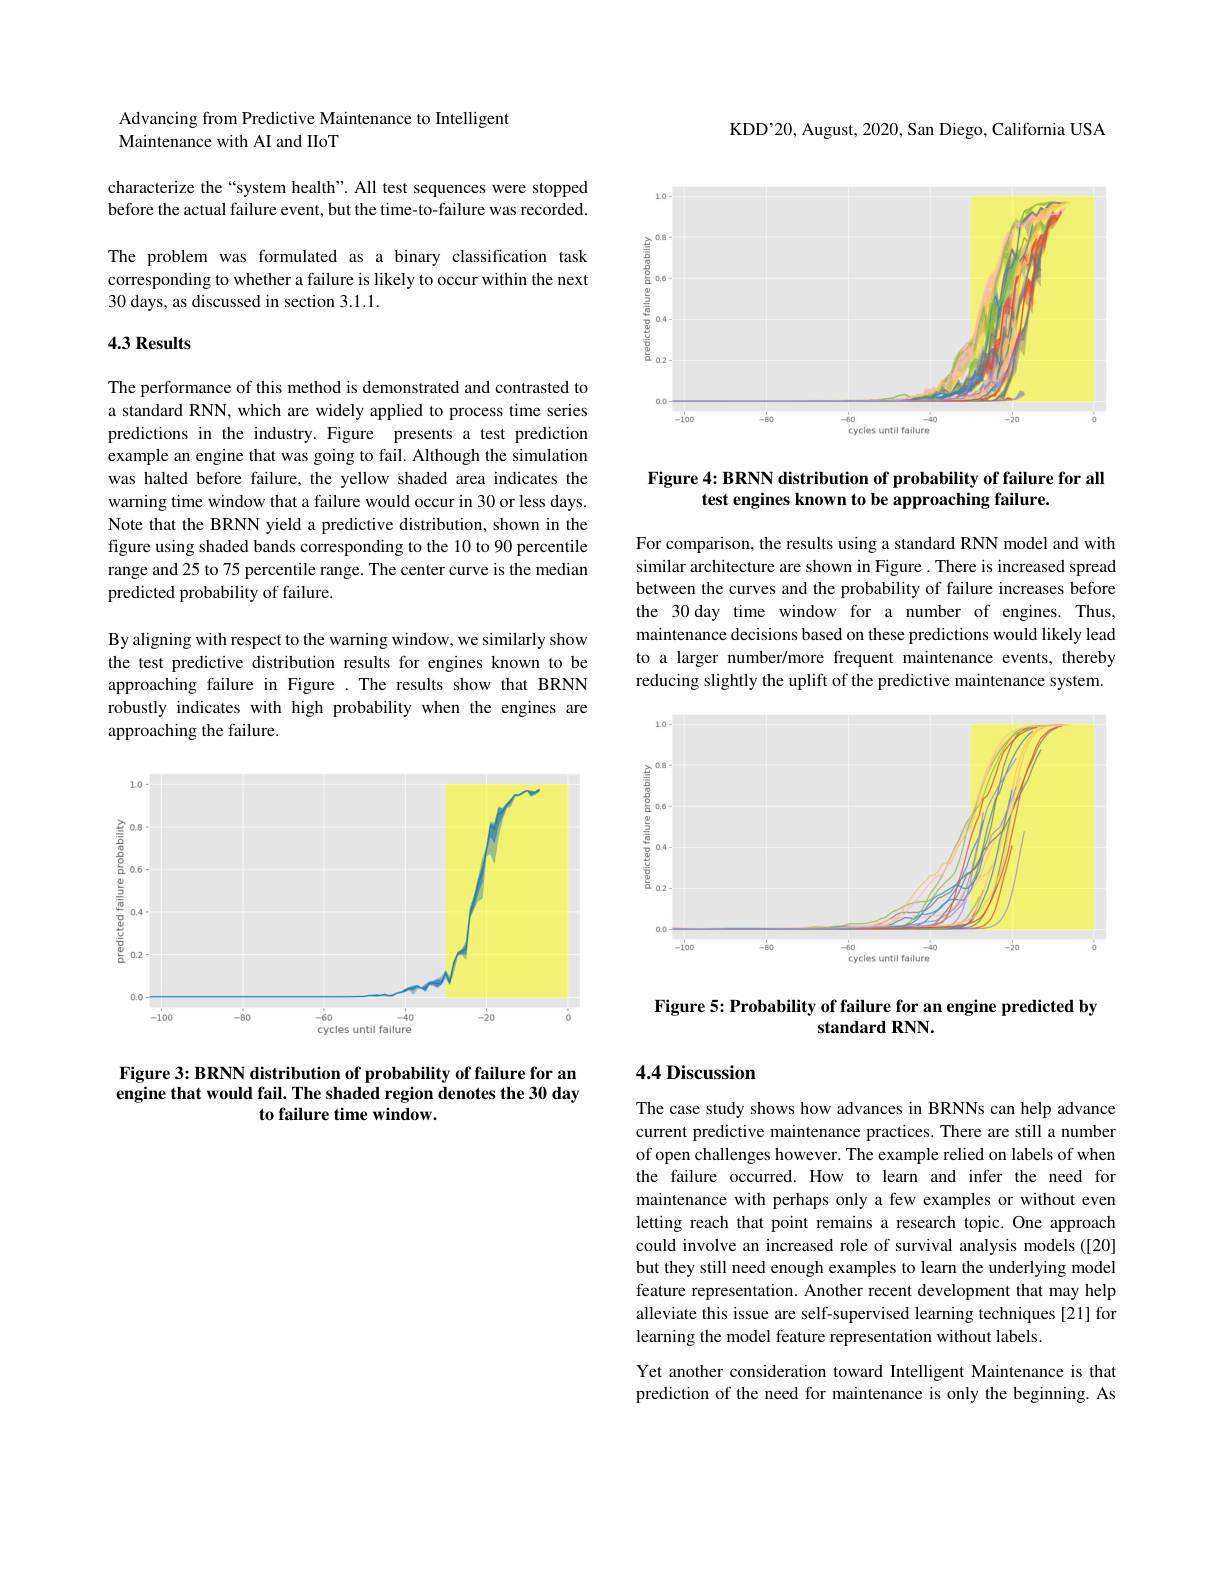
Advancing from Predictive Maintenance to Intelligent
Maintenance with AI and IIoT

characterize the“system health”. All test sequences were stopped before the actual failure event, but the time-to-failure was recorded.

The problem was formulated as a binary classification task corresponding to whether a failure is likely to occur within the next 30 days, as discussed in section 3.1.1.

### 4.3 Results

The performance of this method is demonstrated and contrasted to a standard RNN, which are widely applied to process time series predictions in the industry. Figure presents a test prediction example an engine that was going to fail. Although the simulation was halted before failure, the yellow shaded area indicates the warning time window that a failure would occur in 30 or less days. Note that the BRNN yield a predictive distribution, shown in the figure using shaded bands corresponding to the 10 to 90 percentile range and 25 to 75 percentile range. The center curve is the median predicted probability of failure.

By aligning with respect to the warning window, we similarly show the test predictive distribution results for engines known to be approaching failure in Figure .The results show that BRNN robustly indicates with high probability when the engines are approaching the failure.

<FigureHere>

Figure 3: BRNN distribution of probability of failure for an engine that would fail. The shaded region denotes the 30 day
to failure time window.

KDD'20, August, 2020, San Diego, California USA

<FigureHere>

Figure 4: BRNN distribution of probability of failure for all
test engines known to be approaching failure.

For comparison, the results using a standard RNN model and with similar architecture are shown in Figure. There is increased spread between the curves and the probability of failure increases before the 30 day time window for a number of engines. Thus, maintenance decisions based on these predictions would likely lead to a larger number/more frequent maintenance events, thereby reducing slightly the uplift of the predictive maintenance system.

<FigureHere>

Figure 5: Probability of failure for an engine predicted by
standard RNN.

# 4.4 Discussion

The case study shows how advances in BRNNs can help advance current predictive maintenance practices. There are still a number of open challenges however. The example relied on labels of when the failure occurred. How to learn and infer the need for maintenance with perhaps only a few examples or without even letting reach that point remains a research topic. One approach could involve an increased role of survival analysis models ([20] but they still need enough examples to learn the underlying model feature representation. Another recent development that may help alleviate this issue are self-supervised learning techniques [21] for learning the model feature representation without labels.

Yet another consideration toward Intelligent Maintenance is that prediction of the need for maintenance is only the beginning. As